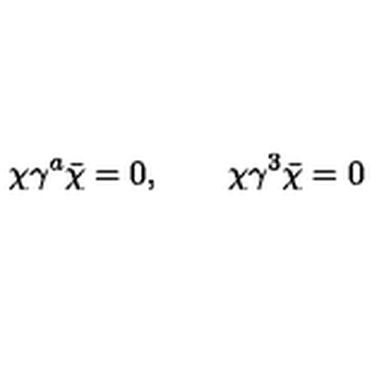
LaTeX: \chi \gamma ^ { a } \bar { \chi } = 0 , \qquad \chi \gamma ^ { 3 } \bar { \chi } = 0